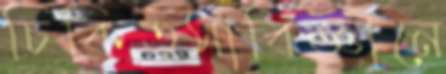
চিকিত্সাবিজ্ঞানে